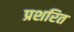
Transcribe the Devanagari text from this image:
प्रशरित